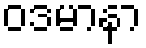
ဝဒမာနာ